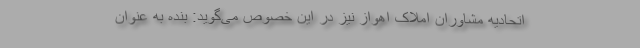
اتحادیه مشاوران املاک اهواز نیز در این خصوص می‌گوید: بنده به عنوان